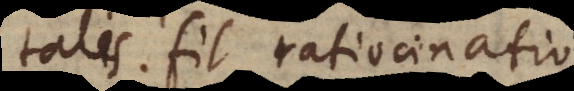
talis fit ratiocinatio